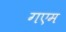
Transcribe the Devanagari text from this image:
गएम